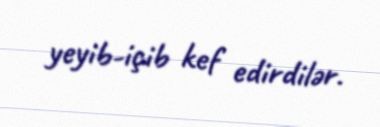
yeyib-içib kef edirdilər.